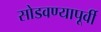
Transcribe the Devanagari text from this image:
सोडवण्यापूर्वी